画像に写った文字を読んでください
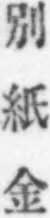
「別紙金」と書いてあります